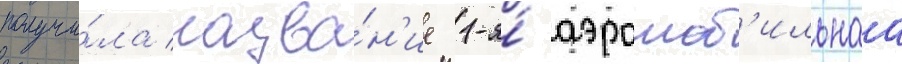
получи́ла назва́н'ие 1-я́ аэромоб'ильнаа